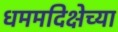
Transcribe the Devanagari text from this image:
धममदिक्षेच्या